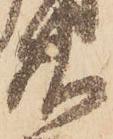
廿